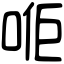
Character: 𠳔